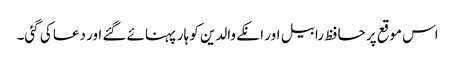
اس موقع پر حافظ رابیل اور انکے والدین کو ہار پہنائے گئے اور دعا کی گئی۔